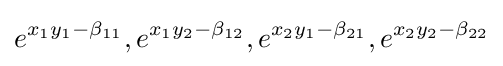
e^{x_{1}y_{1}-\beta _{11}},e^{x_{1}y_{2}-\beta _{12}},e^{x_{2}y_{1}-\beta _{21}},e^{x_{2}y_{2}-\beta _{22}}